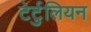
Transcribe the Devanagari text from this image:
टेर्टुलियन